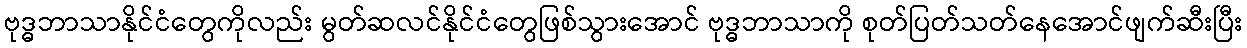
ဗုဒ္ဓဘာသာနိုင်ငံတွေကိုလည်း မွတ်ဆလင်နိုင်ငံတွေဖြစ်သွားအောင် ဗုဒ္ဓဘာသာကို စုတ်ပြတ်သတ်နေအောင်ဖျက်ဆီးပြီး